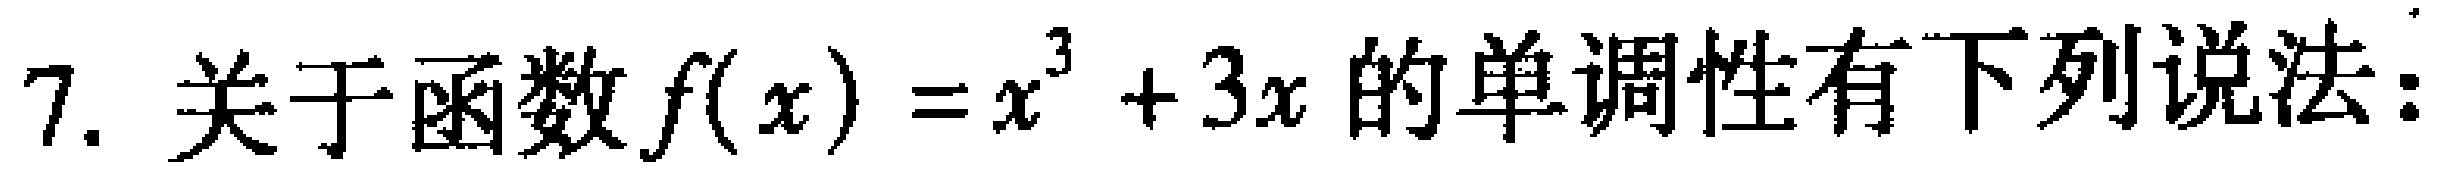
7. 关于函数\(f(x)=x^{3}+3x\)的单调性有下列说法：